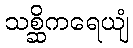
သစ္ဆိကရေယျံ